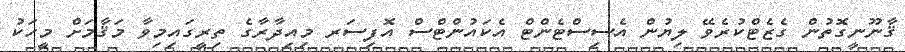
ޤާނޫނީގޮތުން ގެޒެޓްކުރެވޭ ލިޔުން އެސިސްޓެންޓް އެކައުންޓްސް އޮފިސަރ މިއިދާރާގެ ތިރީގައިމިވާ މަޤާމަށް މީހަކު